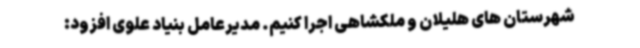
شهرستان های هلیلان و ملکشاهی اجرا کنیم. مدیرعامل بنیاد علوی افزود: